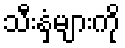
သီးနှံများကို